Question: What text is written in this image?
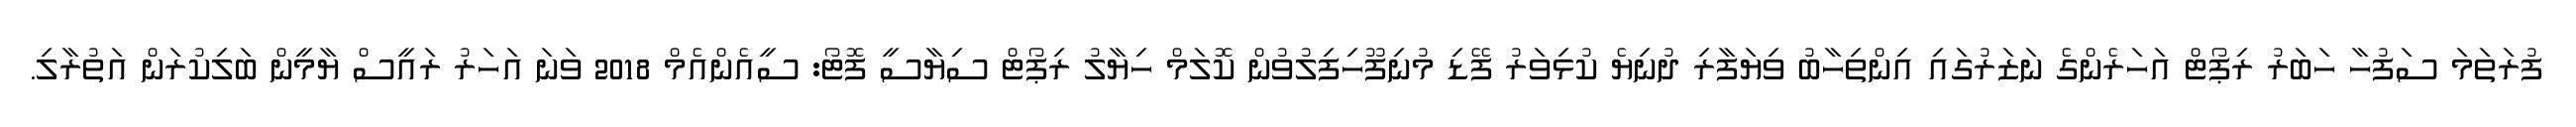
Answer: ފުރަތަމަ ސަފުހާ ހަބަރު ރިޕޯޓް އަހަރެންގެ ނަޒަރުގައި އިންތިހާބު ވިޔަފާރި ދުނިޔެ ކުޅިވަރު ފޭޑި މުނިފޫހިފިލުވުން ކޮލަމް ހިޔާލު ރިޕޯޓް ސިޔާސީ ފޮޓޯ: ސީއެންއެމް 2018 ވަނަ އަހަރު ރައީސް ޔާމީން ބަލިކުރަން އަތުރާލި.